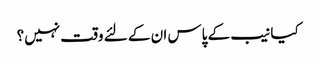
کیا نیب کے پاس ان کے لئے وقت نہیں؟